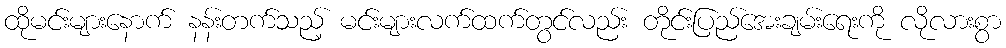
ထိုမင်းများနောက် နန်းတက်သည့် မင်းများလက်ထက်တွင်လည်း တိုင်းပြည်အေးချမ်းရေးကို လိုလားစွာ